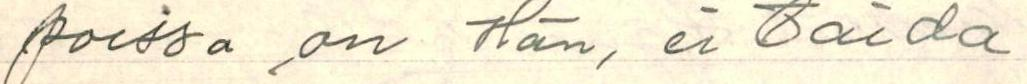
poissa ,on hän, ei taida